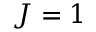
J = 1